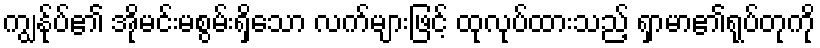
ကျွနု်ပ်၏ အိုမင်းမစွမ်းရှိသော လက်များဖြင့် ထုလုပ်ထားသည့် ရှာမာ၏ရုပ်တုကို